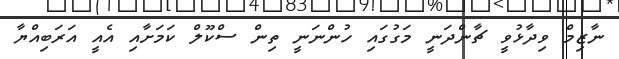
ނާޒިމް ވިދާޅުވީ ޗާންދަނީ މަގުގައި ހުންނަނީ ތިން ސްކޫލް ކަމަށާއި އެއީ އަރަބިއްޔާ